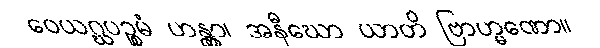
ဝေယဂ္ဃပဉ္စမံ ဟန္တွာ၊ အနီဃော ယာတိ ဗြာဟ္မဏော။